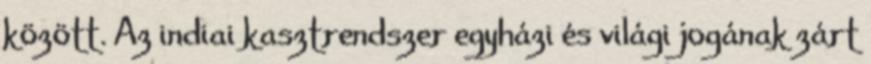
között. Az indiai kasztrendszer egyházi és világi jogának zárt